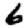
Digit: 6